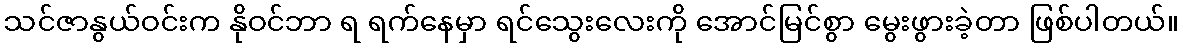
သင်ဇာနွယ်ဝင်းက နိုဝင်ဘာ ရ ရက်နေမှာ ရင်သွေးလေးကို အောင်မြင်စွာ မွေးဖွားခဲ့တာ ဖြစ်ပါတယ်။